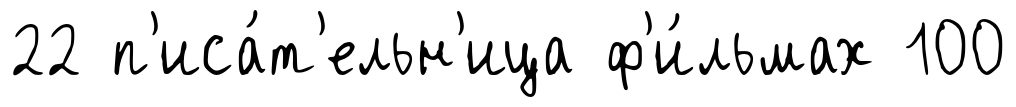
22 п'иса́т'ельн'ица ф'и́льмах 100